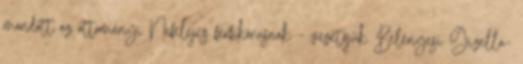
mondott az ottományi Nefelejcs férfikórusnak – vezetőjük Belényesi Gizella-